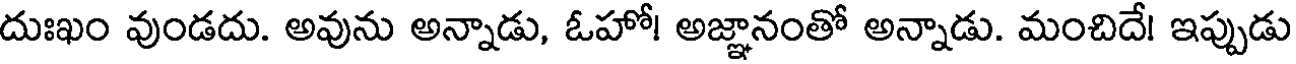
దుఃఖం వుండదు. అవును అన్నాడు, ఓహో! అజ్ఞానంతో అన్నాడు. మంచిదే! ఇప్పుడు